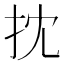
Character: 抌